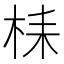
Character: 𣑳